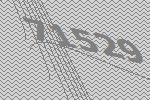
71529